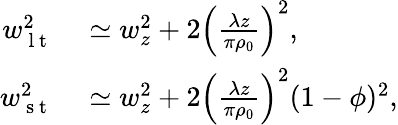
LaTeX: \begin{array}{rl}{w_{\mathrm{~l~t~}}^{2}}&{{}\simeq w_{z}^{2}+2\left(\frac{\lambda z}{\pi\rho_{0}}\right)^{2},}\\ {w_{\mathrm{~s~t~}}^{2}}&{{}\simeq w_{z}^{2}+2\left(\frac{\lambda z}{\pi\rho_{0}}\right)^{2}(1-\phi)^{2},}\end{array}